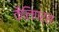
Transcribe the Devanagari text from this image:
कैलिपर्स